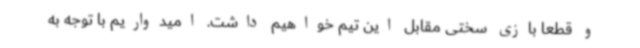
و قطعا بازی سختی مقابل این تیم خواهیم داشت. امیدواریم با توجه به